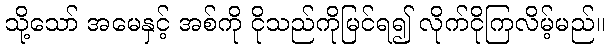
သို့သော် အမေနှင့် အစ်ကို ငိုသည်ကိုမြင်ရ၍ လိုက်ငိုကြလိမ့်မည်။